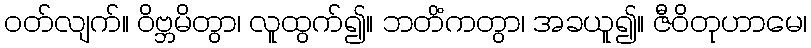
ဝတ်လျက်။ ဝိဗ္ဘမိတွာ၊ လူထွက်၍။ ဘတိံကတွာ၊ အခယူ၍။ ဇီဝိတုဟာမေ၊